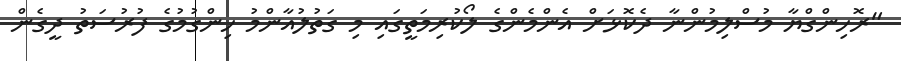
"ރޮހިންގްޔާ މުސްލިމުންނާ ދެކޮޅަށް އެންމެންގެ ލޯކުރިމަތީގައި މި ގަތުލުއާންމު ހިންގުމުގެ ފުރުސަތު ދީގެން